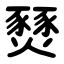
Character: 燹